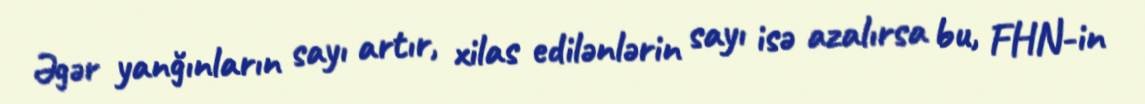
Əgər yanğınların sayı artır, xilas edilənlərin sayı isə azalırsa bu, FHN-in